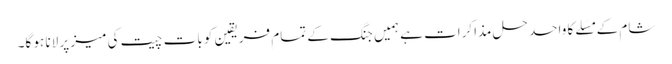
شام کے مسَلے کا واحد حل مذاکرات ہے ہمیں جنگ کے تمام فریقین کو بات چیت کی میز پر لانا ہو گا۔